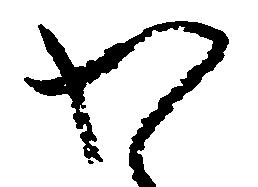
わ